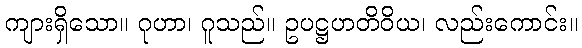
ကျားရှိသော။ ဂုဟာ၊ ဂူသည်။ ဥပဋ္ဌဟတိဝိယ၊ လည်းကောင်း။